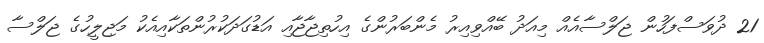
21 ދުވަސްފަހުން ޖަލްސާއެއް މިއަދު ބޭއްވިއިރު މެންބަރުންގެ އިހުތިޖާޖާއި އަޑުގަދަކުރުންތަކާއިއެކު މަޖިލީހުގެ ޖަލްސާ